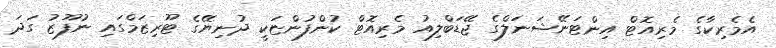
އެމެރިކާގެ މެރިއޮޓް އިންޓަނޭޝަނަލްގެ ޖޭޑަބްލިއު މެރިއޮޓް ކުންފުންޏަކީ ދުނިޔޭގެ ޓޫރިޒަމްގައި ނުފޫޒު ގަދަ